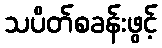
သပိတ်စခန်းဖွင့်